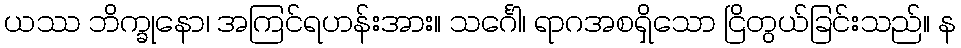
ယဿ ဘိက္ခုနော၊ အကြင်ရဟန်းအား။ သင်္ဂေါ၊ ရာဂအစရှိသော ငြိတွယ်ခြင်းသည်။ န